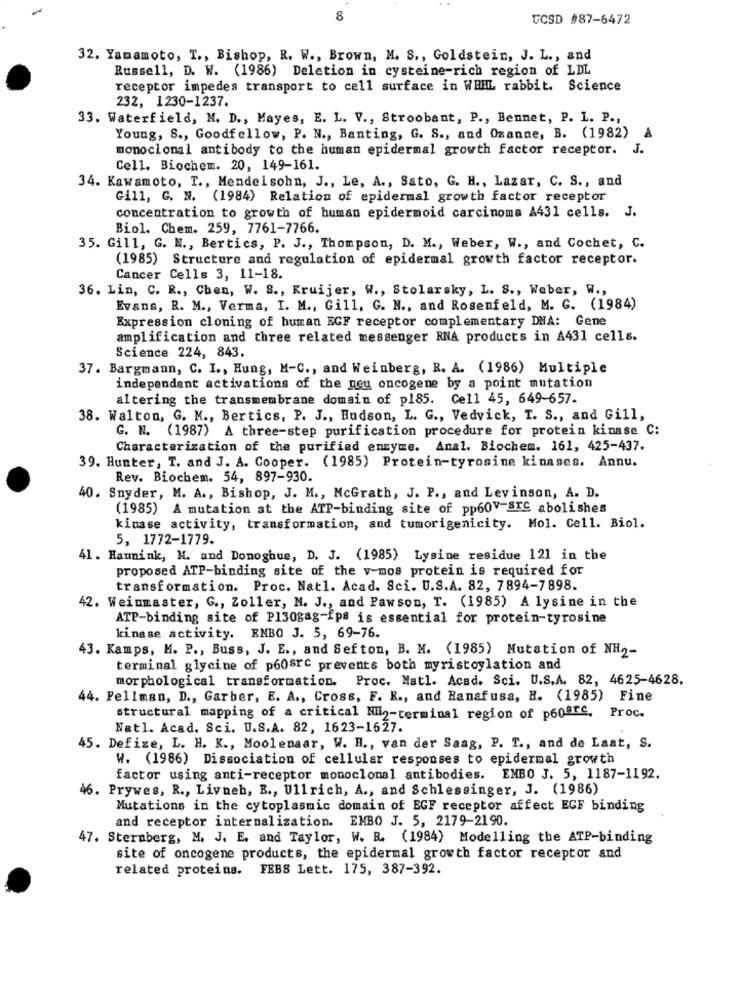
8
UCSD #87-6472
32. Yamamoto, T ., Bishop, R. W ., Brown, M. S ., Goldstein, J. L ., and
Russell, D. W. (1986) Deletion in cysteine-rich region of LDL
receptor impedes transport to cell surface in WHIL rabbit. Science
232, 1230-1237.
33. Waterfield, M. D ., Mayes, E. L. V ., Stroobant, P ., Bennet, P. L. P .,
Young, S ., Goodfellow, P. N ., Banting, G. S ., and Oxanne, B. (1982)
A
monoclonal antibody to the human epidermal growth factor receptor.
J.
Cell. Biochem. 20, 149-161.
34. Kawamoto, T ., Mendelsohn, J ., Le, A ., Sato, G. H ., Lazar, C. S ., and
Gill, G. N. (1984) Relation of epidermal growth factor receptor
concentration to growth of human epidermoid carcinoma A431 cells. J.
Biol. Chem. 259, 7761-7766.
35. Gill, G. N ., Bertics, P. J ., Thompson, D. M ., Weber, W ., and Cochet, C.
(1985) Structure and regulation of epidermal growth factor receptor.
Cancer Cells 3, 11-18.
36. Lin, C. R ., Chen, W. S ., Kruijer, W ., Stolarsky, L. S ., Weber, W .,
Evans, R. M ., Verma, I. M ., Gill, G. N ., and Rosenfeld, M. G. (1984)
Expression cloning of human EGF receptor complementary DNA: Gene
amplification and three related messenger RNA products in A431 cells.
Science 224, 843.
37. Bargmann, C. I ., Hung, M-C ., and Weinberg, R. A. (1986) Multiple
independent activations of the neu oncogene by a point mutation
altering the transmembrane domsin of p185. Cell 45, 649-657.
38. Walton, G. M ., Bertics, P. J ., Hudson, L. G ., Vedvick, T. S ., and Gill,
G. N. (1987) A three-step purification procedure for protein kinase C:
Characterization of the purified enzyme. Anal. Biochem. 161, 425-437.
39. Hunter, T. and J. A. Cooper. (1985) Protein-tyrosine kinases. Annu.
Rev. Biochem. 54, 897-930.
40. Snyder, M. A ., Bishop, J. M ., McGrath, J. P ., and Levinson, A. D.
(1985) A mutation at the ATP-binding site of pp60v-STS abolishes
kinase activity, transformation, and tumorigenicity. Mol. Cell. Biol.
5, 1772-1779.
41. Hannink, M. and Donoghue, D. J. (1985) Lysine residue 121 in the
proposed ATP-binding site of the v-mos protein is required for
transformation. Proc. Natl. Acad. Sci. U.S.A. 82, 7894-7898.
42. Weinmaster, G ., Zoller, N. J ., and Pawson, T. (1985) A lysine in the
ATP-binding site of P13ogag-fps is essential for protein-tyrosine
kinase activity. EMBO J. 5, 69-76.
43. Kamps, M. P ., Buss, J. E ., and Sefton, B. M. (1985) Mutation of NH2-
terminal glycine of p60src prevents both myristoylation and
morphological transformation. Proc. Natl. Acad. Sci. U.S.A. 82, 4625-4628.
44. Fellman, D ., Garber, E. A ., Cross, F. R ., and Hanafusa, H. (1985) Fine
structural mapping of a critical NE2-terminal region of p60arc, Proc.
Natl. Acad. Sci. U.S.A. 82, 1623-1627.
45. Defize, L. H. K ., Moolenaar, W. H ., van der Saag, P. T ., and de Laat, S.
W. (1986) Dissociation of cellular responses to epidermal growth
factor using anti-receptor monoclonal antibodies. EMBO J. 5, 1187-1192.
46. Prywes, R ., Livneh, B ., Ullrich, A ., and Schlessinger, J. (1986)
Mutations in the cytoplasmic domain of EGF receptor affect EGF binding
and receptor internalization. EMBO J. 5, 2179-2190.
47. Sternberg, M. J. E. and Taylor, W. R. (1984) Modelling the ATP-binding
site of oncogene products, the epidermal growth factor receptor and
related proteins. FEBS Lett. 175, 387-392.